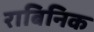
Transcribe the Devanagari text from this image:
राबिनिक